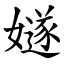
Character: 嬘